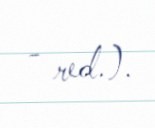
- red.).